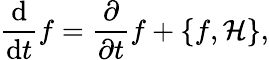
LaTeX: {\frac{\mathrm{d}}{\mathrm{d}t}}f={\frac{\partial}{\partial t}}f+\left\{ f,{\mathcal{H}}\right\} ,